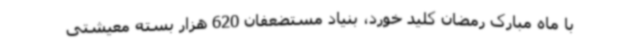
با ماه مبارک رمضان کلید خورد، بنیاد مستضعفان 620 هزار بسته معیشتی